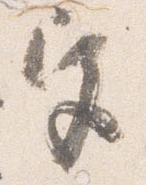
宮